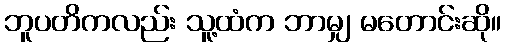
ဘူပတိကလည်း သူ့ထံက ဘာမျှ မတောင်းဆို။